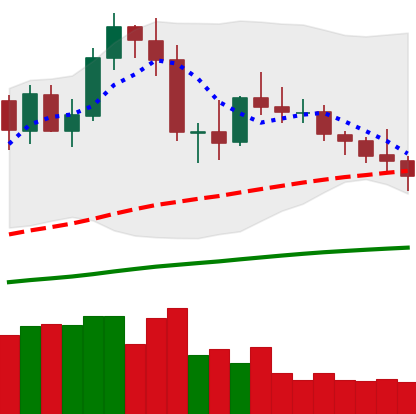
Ticker: NEO-USD
Chart end date: 2020-10-02
Forward return: -7.243%
Label: down_7plus